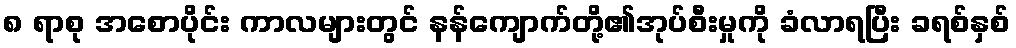
၈ ရာစု အစောပိုင်း ကာလများတွင် နန်ကျောက်တို့၏အုပ်စီးမှုကို ခံလာရပြီး ခရစ်နှစ်